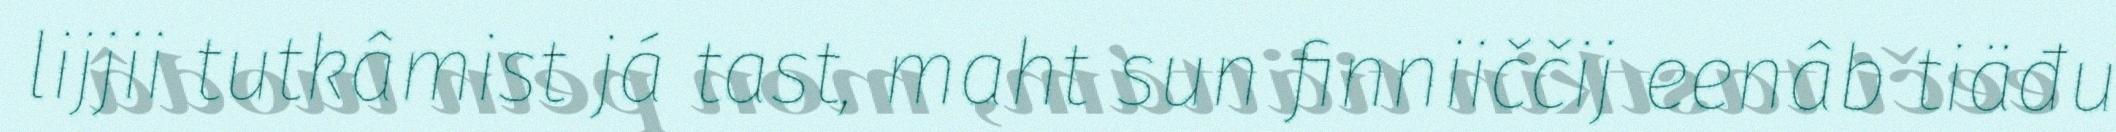
lijjii tutkâmist já tast, maht sun finniiččij eenâb tiäđu